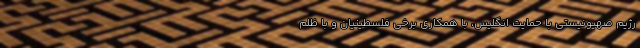
رژيم صهيونيستي با حمايت انگليس، با همکاري برخي فلسطينيان و با ظلم